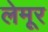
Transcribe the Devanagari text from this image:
लेमूर